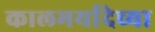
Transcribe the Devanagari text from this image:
कालमर्यादेच्या